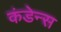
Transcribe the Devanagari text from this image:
कंडेन्स